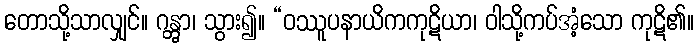
တောသို့သာလျှင်။ ဂန္တွာ၊ သွား၍။ “ဝဿူပနာယိကကုဋိယာ၊ ဝါသို့ကပ်အံ့သော ကုဋိ၏။